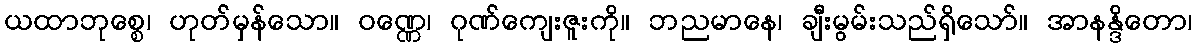
ယထာဘုစ္စေ၊ ဟုတ်မှန်သော။ ဝဏ္ဏေ၊ ဂုဏ်ကျေးဇူးကို။ ဘညမာနေ၊ ချီးမွမ်းသည်ရှိသော်။ အာနန္ဒိတော၊